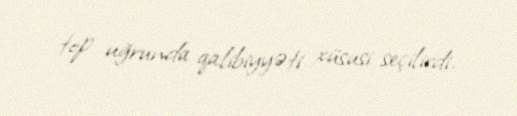
top uğrunda qalibiyyəti xüsusi seçilirdi.